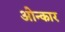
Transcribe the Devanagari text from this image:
ओन्कार